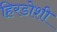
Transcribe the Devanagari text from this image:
हिरडोशी